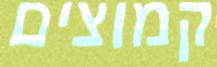
קמוצים